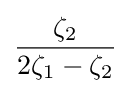
{\frac {\zeta _{2}}{2\zeta _{1}-\zeta _{2}}}